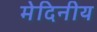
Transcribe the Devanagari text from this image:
मेदिनीय